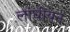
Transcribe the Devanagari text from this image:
लांघीयन